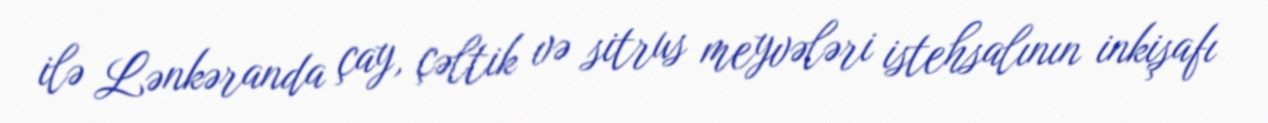
ilə Lənkəranda çay, çəltik və sitrus meyvələri istehsalının inkişafı